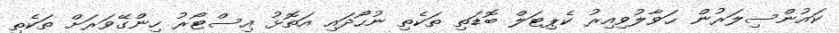
ކައުންސިލަރުން ޙަވާލުވިއިރު ކެޕިޓަލް ބޮޑަތި ތަކެތި ނުހޯދައި އަތޮޅު އިސްޓޯރު ހިންގޭވަރަށް ތަކެތި